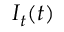
I _ { t } ( t )